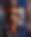
ল্য